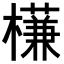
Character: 𣝈